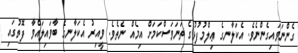
ގެންނަވައިގެންނެވެ. އެކަލާނގެ ޢިލްމުފުޅުގެ ތަނަވަސްކަމަށް އިމެއް ނެތެވެ. ވީއިރު އެކަލާނގެ ބާވައިލައްވާ ފޮތުގައި